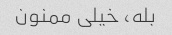
بله، خیلی ممنون